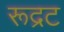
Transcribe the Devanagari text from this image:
रूद्रट